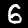
Label: 6